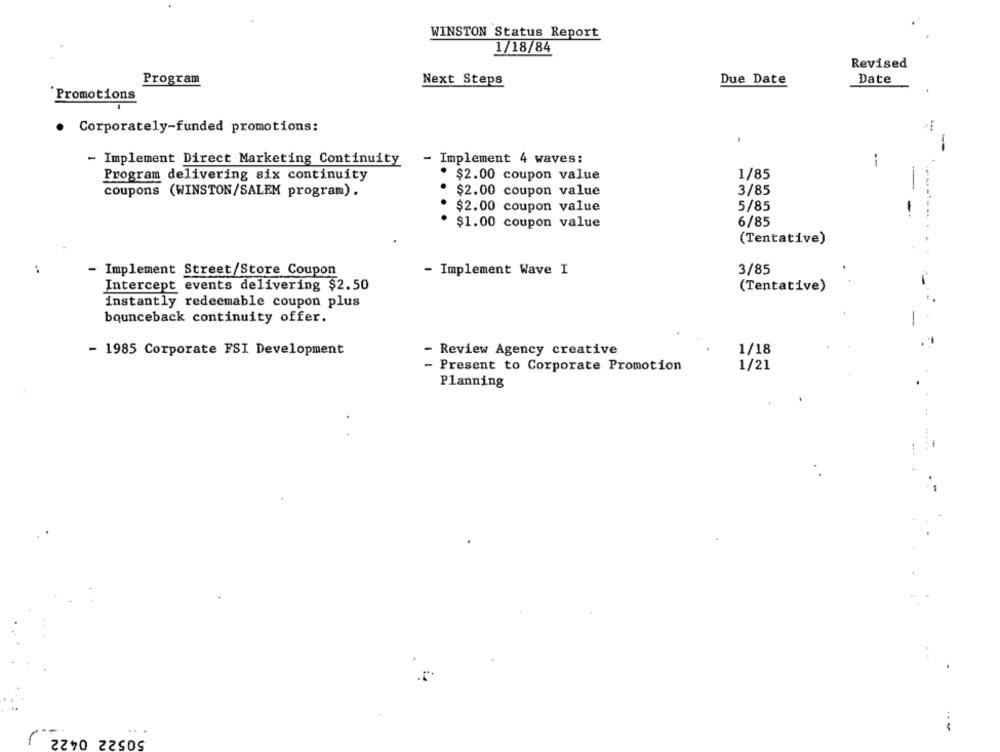
WINSTON Status Report
1/18/84
Revised
Program
Next Steps
Due Date
Date
Promotions
. Corporately-funded promotions:
- Implement Direct Marketing Continuity
- Implement 4 waves:
--
Program delivering six continuity
· $2.00 coupon value
1/85
coupons (WINSTON/SALEM program).
$2.00 coupon value
3/85
$2.00 coupon value
5/85
$1.00 coupon value
6/85
(Tentative)
3/85
- Implement Street/Store Coupon
- Implement Wave I
Intercept events delivering $2.50
(Tentative)
instantly redeemable coupon plus
bounceback continuity offer.
-
- 1985 Corporate FSI Development
- Review Agency creative
1/18
- Present to Corporate Promotion
1/21
Planning
50522 0422
r